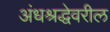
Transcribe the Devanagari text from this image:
अंधश्रद्धेवरील